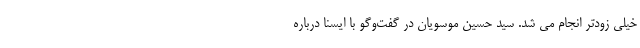
خیلی زودتر انجام می شد. سید حسین موسویان در گفت‌وگو با ایسنا درباره